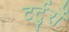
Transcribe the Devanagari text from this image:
टर्टुर्रो